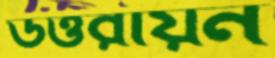
উত্তরায়ন